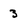
Character: 3